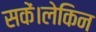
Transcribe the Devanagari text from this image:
सकें।लेकिन